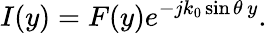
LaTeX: I(y)=F(y)e^{-jk_{0}\sin\theta\, y}.